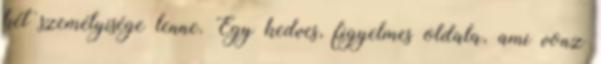
két személyisége lenne. Egy kedves, figyelmes oldala, ami vonz